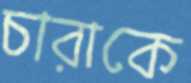
চারাকে